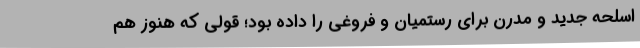
اسلحه جدید و مدرن برای رستمیان و فروغی را داده بود؛ قولی که هنوز هم